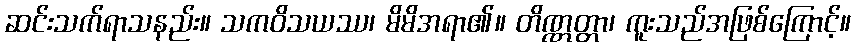
ဆင်းသက်ရာသနည်း။ သကဝိသယဿ၊ မိမိအရာ၏။ တိဏ္ဏတ္တာ၊ ကူးသည်အဖြစ်ကြောင့်။